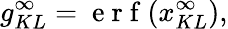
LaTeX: g_{KL}^{\infty}=\mathrm{~e~r~f~}(x_{KL}^{\infty}),